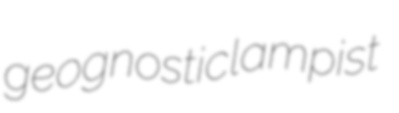
geognostic lampist